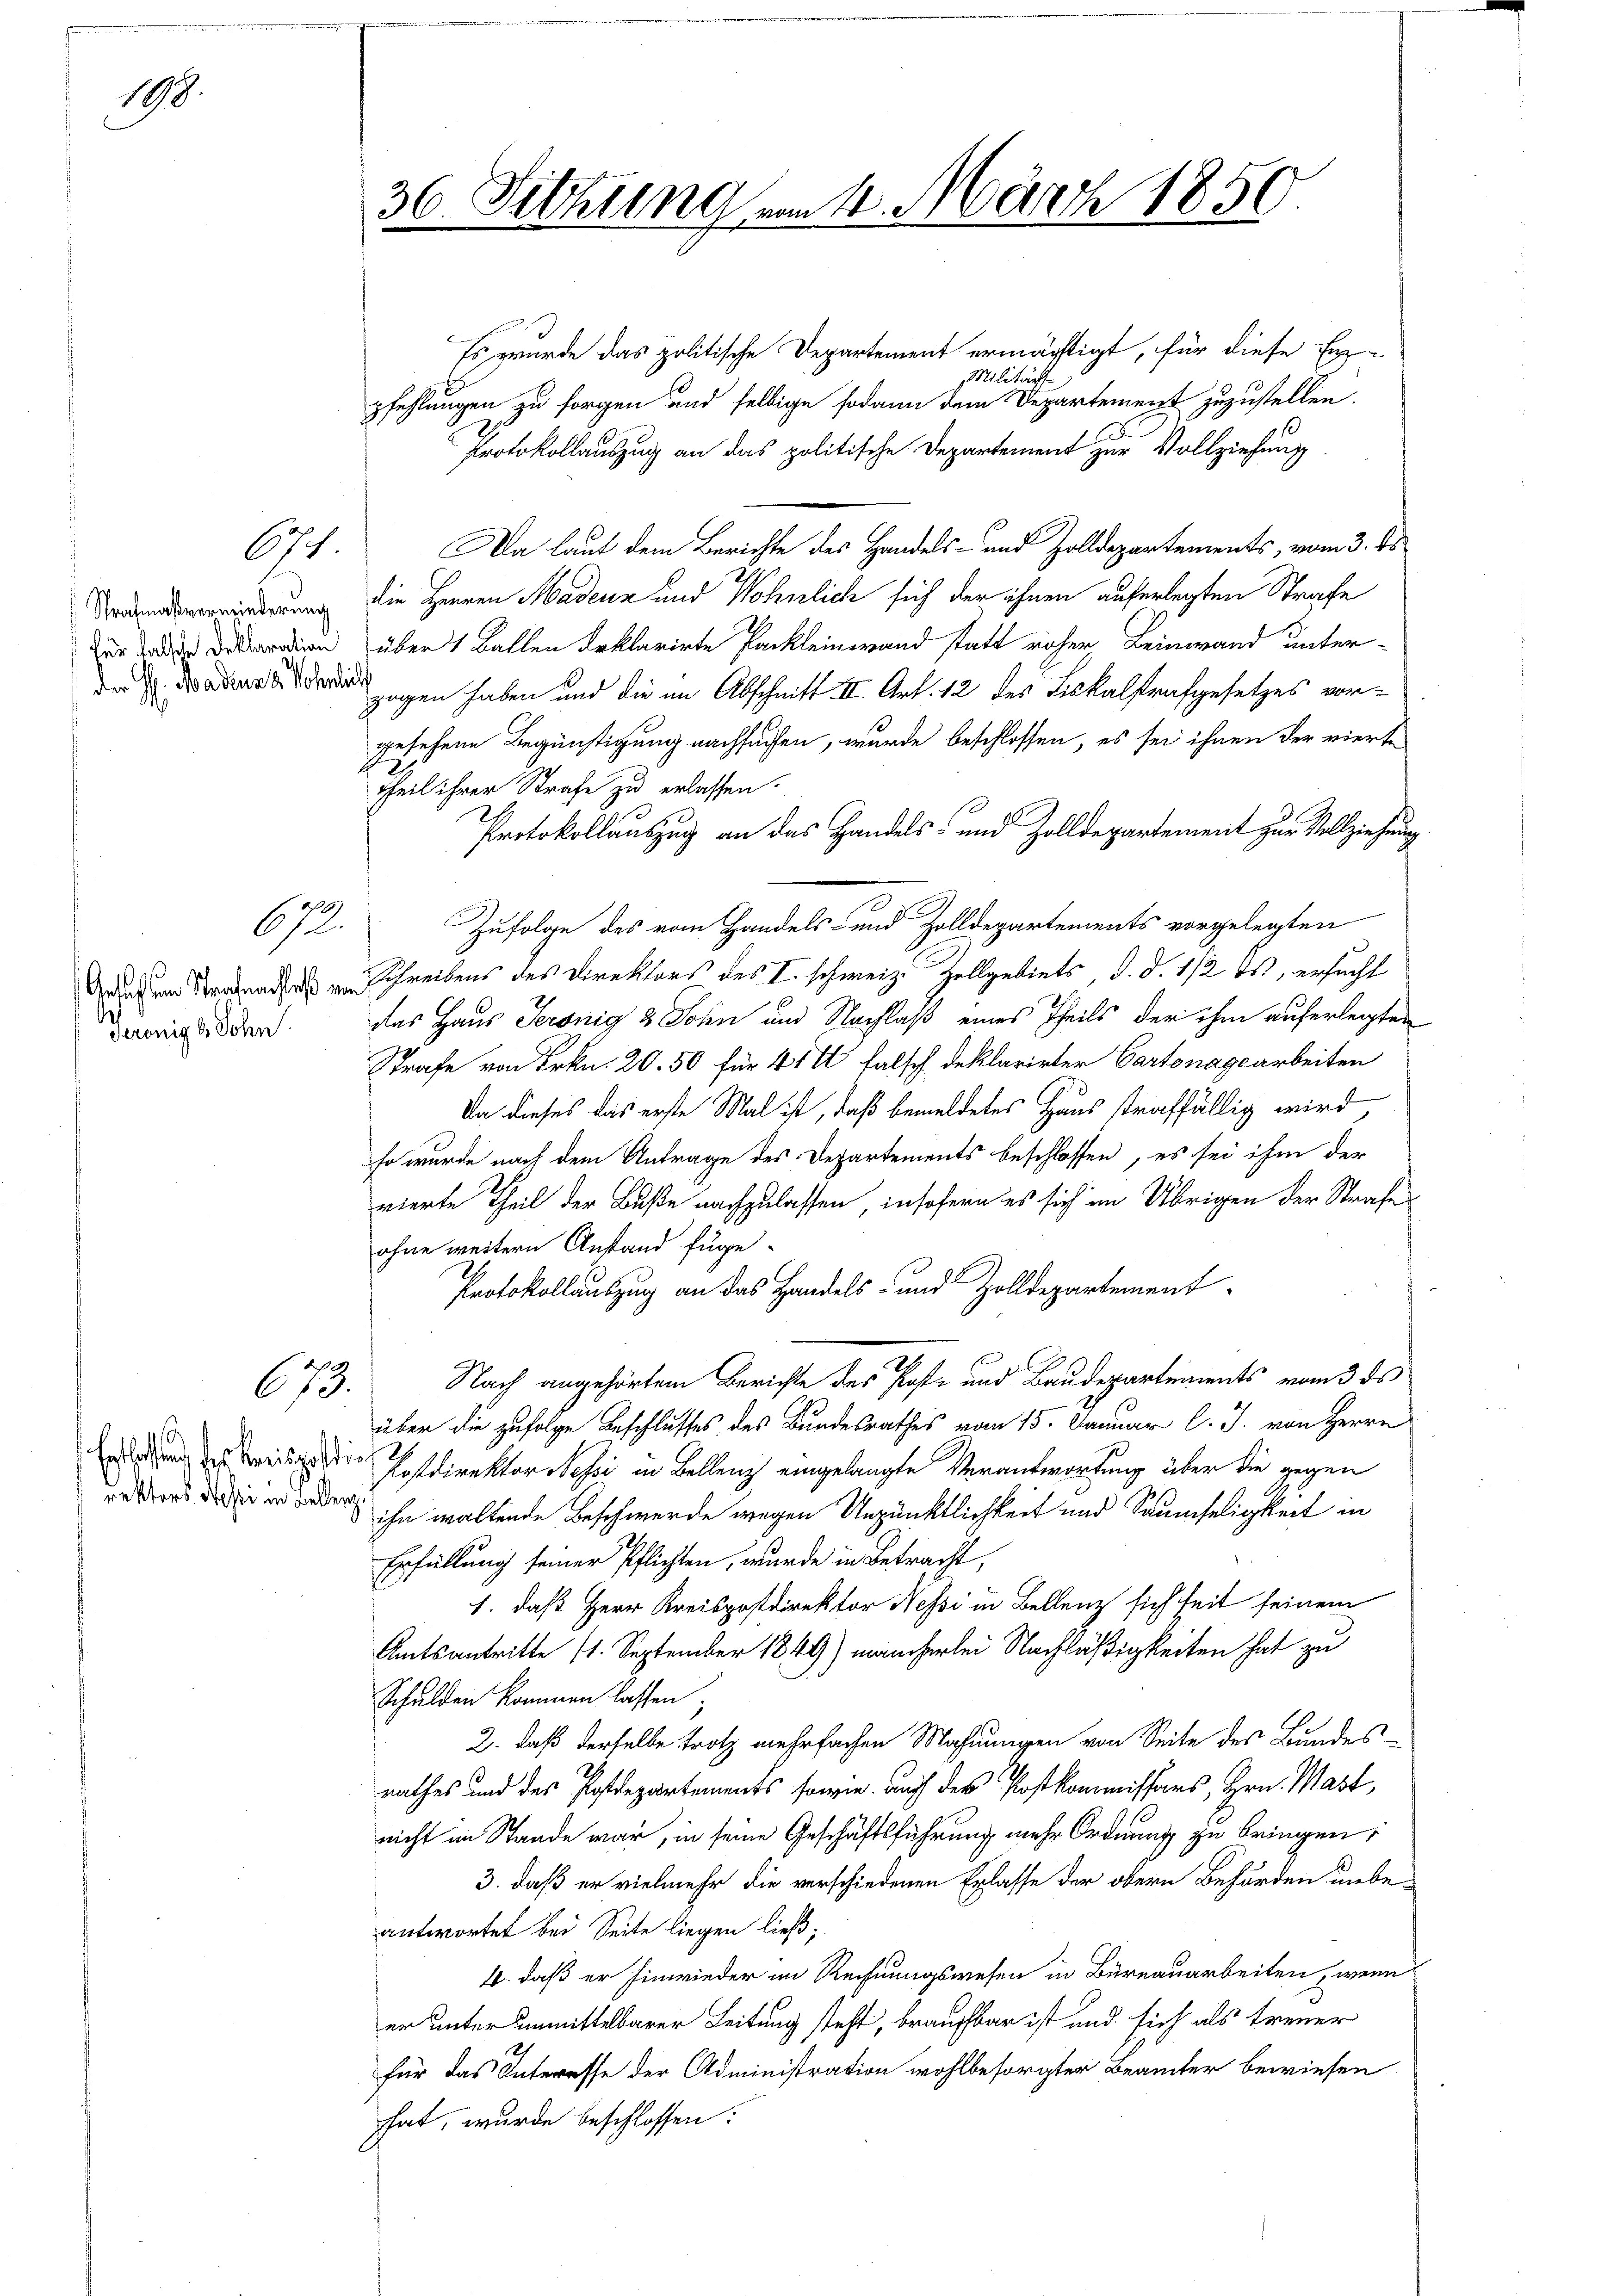
198.

Strafmaßverminderung
 für falsche Deklaration
der H. Badenat Kohrlich

Gesuch sein Strafenachlaß von
Serenig 8. Sohn.

671

672.

673.

Enthalten des Kreisatirektors Messi in Bellenz

¬

36 Fittung am 1. März 1850.
.

Es wurde das politische Departement ermächtigt, für diese Erz-
Militärs
pfehlungen zu sorgen und selbige sodann dem Departement zuzustellen.
Protokollauszug an das politische Departement zur Vollziehung
Da laut dem Berichte des Handels- und Zolldepartements, vom 3. ds.
die Herren Madern und Wohnlich sich der ihnen auferlegten Strafe
über 1 Ballen deklarirte Packleinwand statt roher Leinwand unter-
zogen haben und die im Abschnitt II. Art. 12 des Fiskalstrafgesetzes vorgesehene Begünstigung nachsuchen, wurde beschlossen, es sei ihnen der vierte
theil ihrer Strafe zu erlassen.
Protokollauszug an das Handels- und Zolldepartement zur Vollziehung
Zufolge des vom Handels- und Zolldepartements vorgelegten
Schreibens des Direktors des I. schweiz. Zollgebiets d. d. 112 ds, ersucht
das Haus Seronig & John und Nachlaß eines Theils der ihm auferlegten
Strafe von Frkn. 20. 50 für 41 I falsch deklarirter Cartonagearbeiten
Da dieses das erste Mal ist, daß bemeldetes Haus straffällig wird,
so wurde nach dem Antrage des Departements beschlossen, es sei ihm der
vierte Theil der Buße nachzulassen, insofern es sich im Übrigen der Strafe
ohne weitern Anstand füge.
Protokollauszug an das Handels- und Zolldepartement
Nach angehörtem Berichte des Post- und Baudepartements vom 3. ds
über die zufolge Beschlusses des Bundesrathes vom 15. Januar l. J. von Herrn
Postdirektor Nessi in Bellenz eingelangte Verantwortung über die gegen
ihn waltende Beschwerde wegen Unpünktlichkeit und Saumseligkeit in
Erfüllung seiner Pflichten, wurde in Betracht,
1. daß Herr Kreispostdirektor Nessi in Bellenz sich seit seinem
Amtsantritte (1. September 1849) mancherlei Nachläßigkeiten hat zu
Schulden kommen lassen;
2. daß derselbe trotz mehrfachen Mahnungen von Seite des Bundes-
rathes und des Postdepartements sowie auf des Postkommissars, Hrn. Mast,
nicht im Stande war, in seine Geschäftsführung mehr Ordnung zu bringen,
3. daß er vielmehr die verschiedenen Erlasse der obern Behörden unbeantwortet bei Seite liegen ließ;
4. daß er hinwieder im Rechnungswesen in Büreauarbeiten, wenn
er unter unmittelbarer Leitung steht, brauchbar ist und sich als treuer
für das Interesse der Administration wohlbesorgter Beamter bewiesen
hat, wurde beschlossen: